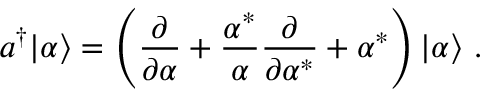
a ^ { \dagger } | \alpha \rangle = \left( { \frac { \partial } { \partial \alpha } } + { \frac { \alpha ^ { * } } { \alpha } } { \frac { \partial } { \partial \alpha ^ { * } } } + \alpha ^ { * } \right) | \alpha \rangle ~ .